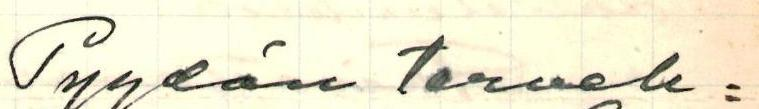
Pyydän terveh=